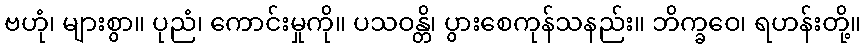
ဗဟုံ၊ များစွာ။ ပုညံ၊ ကောင်းမှုကို။ ပသဝန္တိ၊ ပွားစေကုန်သနည်း။ ဘိက္ခဝေ၊ ရဟန်းတို့။